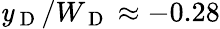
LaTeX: \mathit{y}_{\mathrm{{~D~}}}/W_{\mathrm{{~D~}}}\approx-0.28